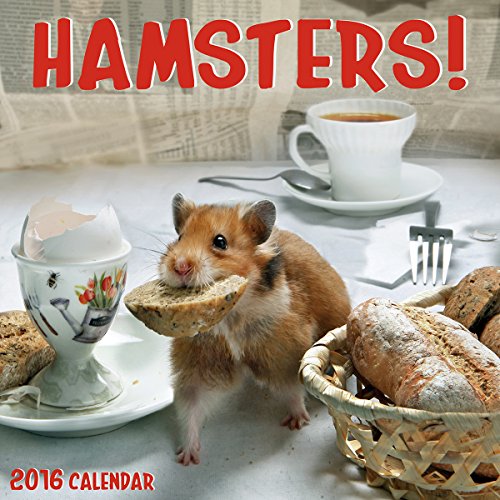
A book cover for Hamsters 2016 Wall Calendar; Zebra Publishing; Crafts, Hobbies & Home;